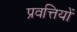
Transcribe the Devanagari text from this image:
प्रवत्तियों